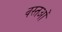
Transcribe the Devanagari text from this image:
वस्तओं